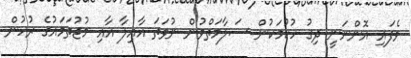
ވެފައި އޮންނަނީ ދިގު ހުކުމަކުން ސަލާމަތްވުން ނުވަތަ އާއިލާ އާއި މުޖުތަމައުގެ ރުހުން